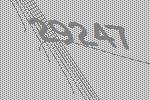
29247